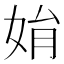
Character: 姢